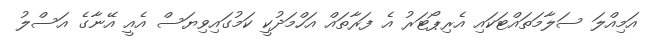
އަމިއްލަ ސަލާމަތައްޓަކައި އެރިޕޯޓަރު އެ ފަރާތައް އަހްމަދުކީ ކަމުގައިވިޔަސް އެއީ އޭނާގެ އަސްލު